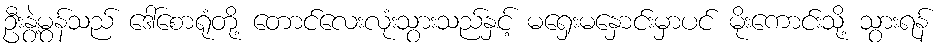
ဦးနွဲ့မွန်သည် ဒေါ်စောရုံတို့ တောင်လေးလုံးသွားသည်နှင့် မရှေးမနှောင်းမှာပင် မိုးကောင်းသို့ သွားရန်